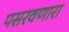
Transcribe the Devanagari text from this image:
पसरवणारा